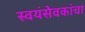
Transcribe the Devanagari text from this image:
स्वयंसेवकांचा